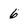
Character: 6